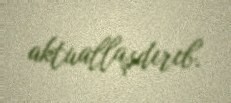
aktuallaşdırıb.